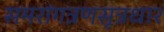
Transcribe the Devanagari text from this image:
समरांगत्रणसूत्रधार